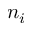
n _ { i }